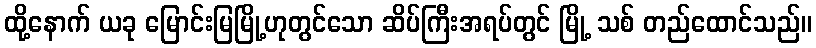
ထို့နောက် ယခု မြောင်းမြမြို့ဟုတွင်သော ဆိပ်ကြီးအရပ်တွင် မြို့ သစ် တည်ထောင်သည်။